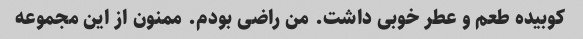
کوبیده طعم و عطر خوبی داشت. من راضی بودم. ممنون از این مجموعه